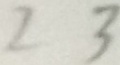
2 3